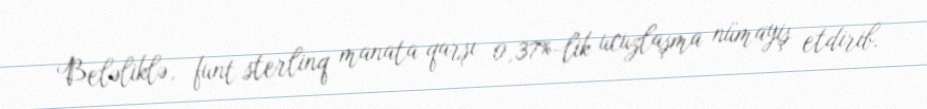
Beləliklə, funt sterlinq manata qarşı 0,37%-lik ucuzlaşma nümayiş etdirib.